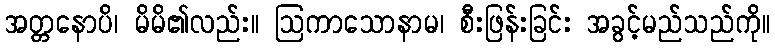
အတ္တနောပိ၊ မိမိ၏လည်း။ ဩကာသောနာမ၊ စီးဖြန်းခြင်း အခွင့်မည်သည်ကို။